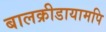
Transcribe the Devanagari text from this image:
बालक्रीडायामपि